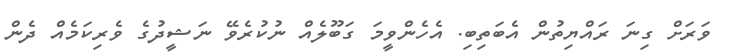
ވަރަށް ގިނަ ރައްޔިތުން އެބަތިބި. އެހެންވީމަ ގަބޫލެއް ނުކުރެވޭ ނަޝީދުގެ ވެރިކަމެއް ދެން